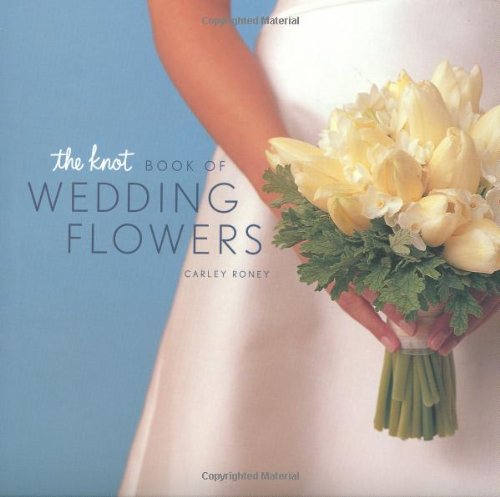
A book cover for The Knot Book of Wedding Flowers; Carley Roney; Crafts, Hobbies & Home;